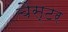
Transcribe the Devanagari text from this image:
चैस्टर